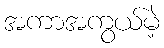
အကာအကွယ်မဲ့